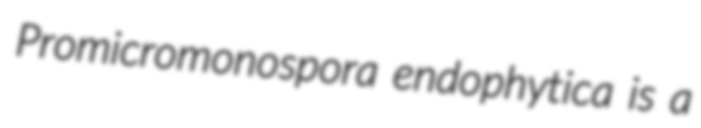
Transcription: Promicromonospora endophytica is a